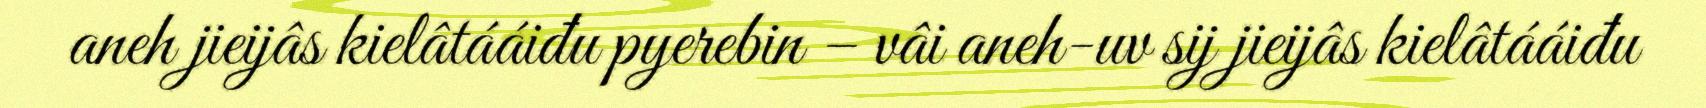
aneh jieijâs kielâtááiđu pyerebin – vâi aneh-uv sij jieijâs kielâtááiđu